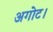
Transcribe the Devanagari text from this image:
अगोट।